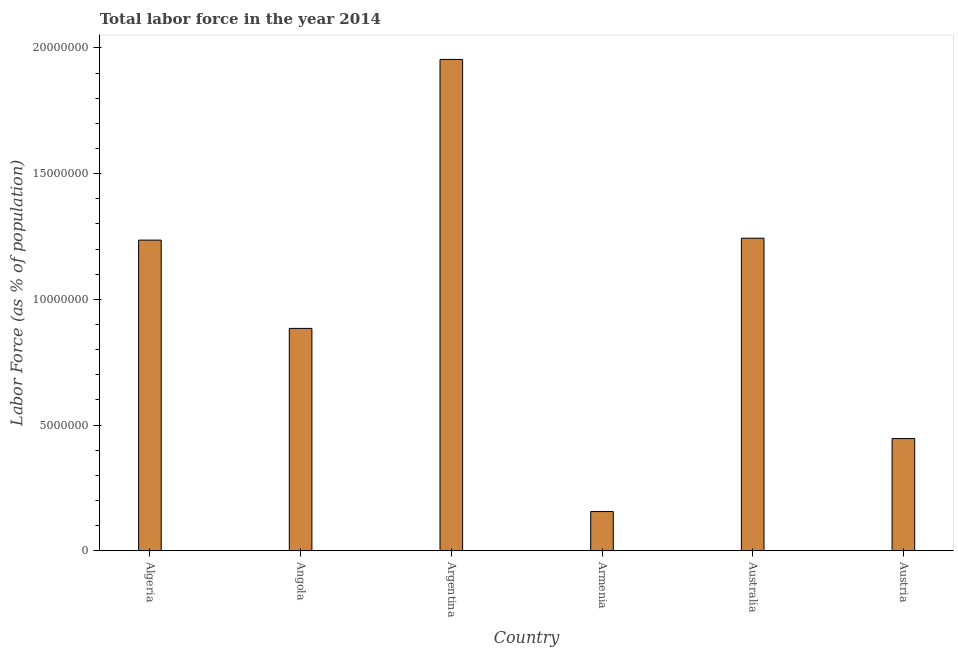
| Country | Labor force |
 | --- | --- |
 | Algeria | 1.24e+07 |
 | Angola | 8.84e+06 |
 | Argentina | 1.95e+07 |
 | Armenia | 1.56e+06 |
 | Australia | 1.24e+07 |
 | Austria | 4.46e+06 |